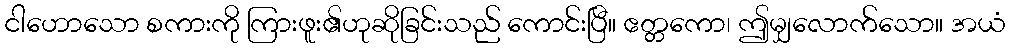
ငါဟောသော စကားကို ကြားဖူး၏ဟုဆိုခြင်းသည် ကောင်းပြီ။ ဧတ္တကော၊ ဤမျှလောက်သော။ အယံ